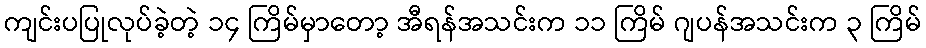
ကျင်းပပြုလုပ်ခဲ့တဲ့ ၁၄ ကြိမ်မှာတော့ အီရန်အသင်းက ၁၁ ကြိမ် ဂျပန်အသင်းက ၃ ကြိမ်